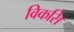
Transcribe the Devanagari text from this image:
विकसि